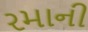
રમાની